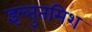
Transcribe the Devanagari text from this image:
इल्‍तुतमिश